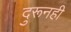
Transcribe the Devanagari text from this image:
दुरूनही